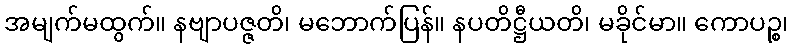
အမျက်မထွက်။ နဗျာပဇ္ဇတိ၊ မဘောက်ပြန်။ နပတိဋ္ဌီယတိ၊ မခိုင်မာ။ ကောပဉ္စ၊